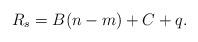
LaTeX: \begin{align*}R_s = B(n-m)+ C + q. \end{align*}